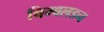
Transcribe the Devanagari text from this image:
चिम्बलडन